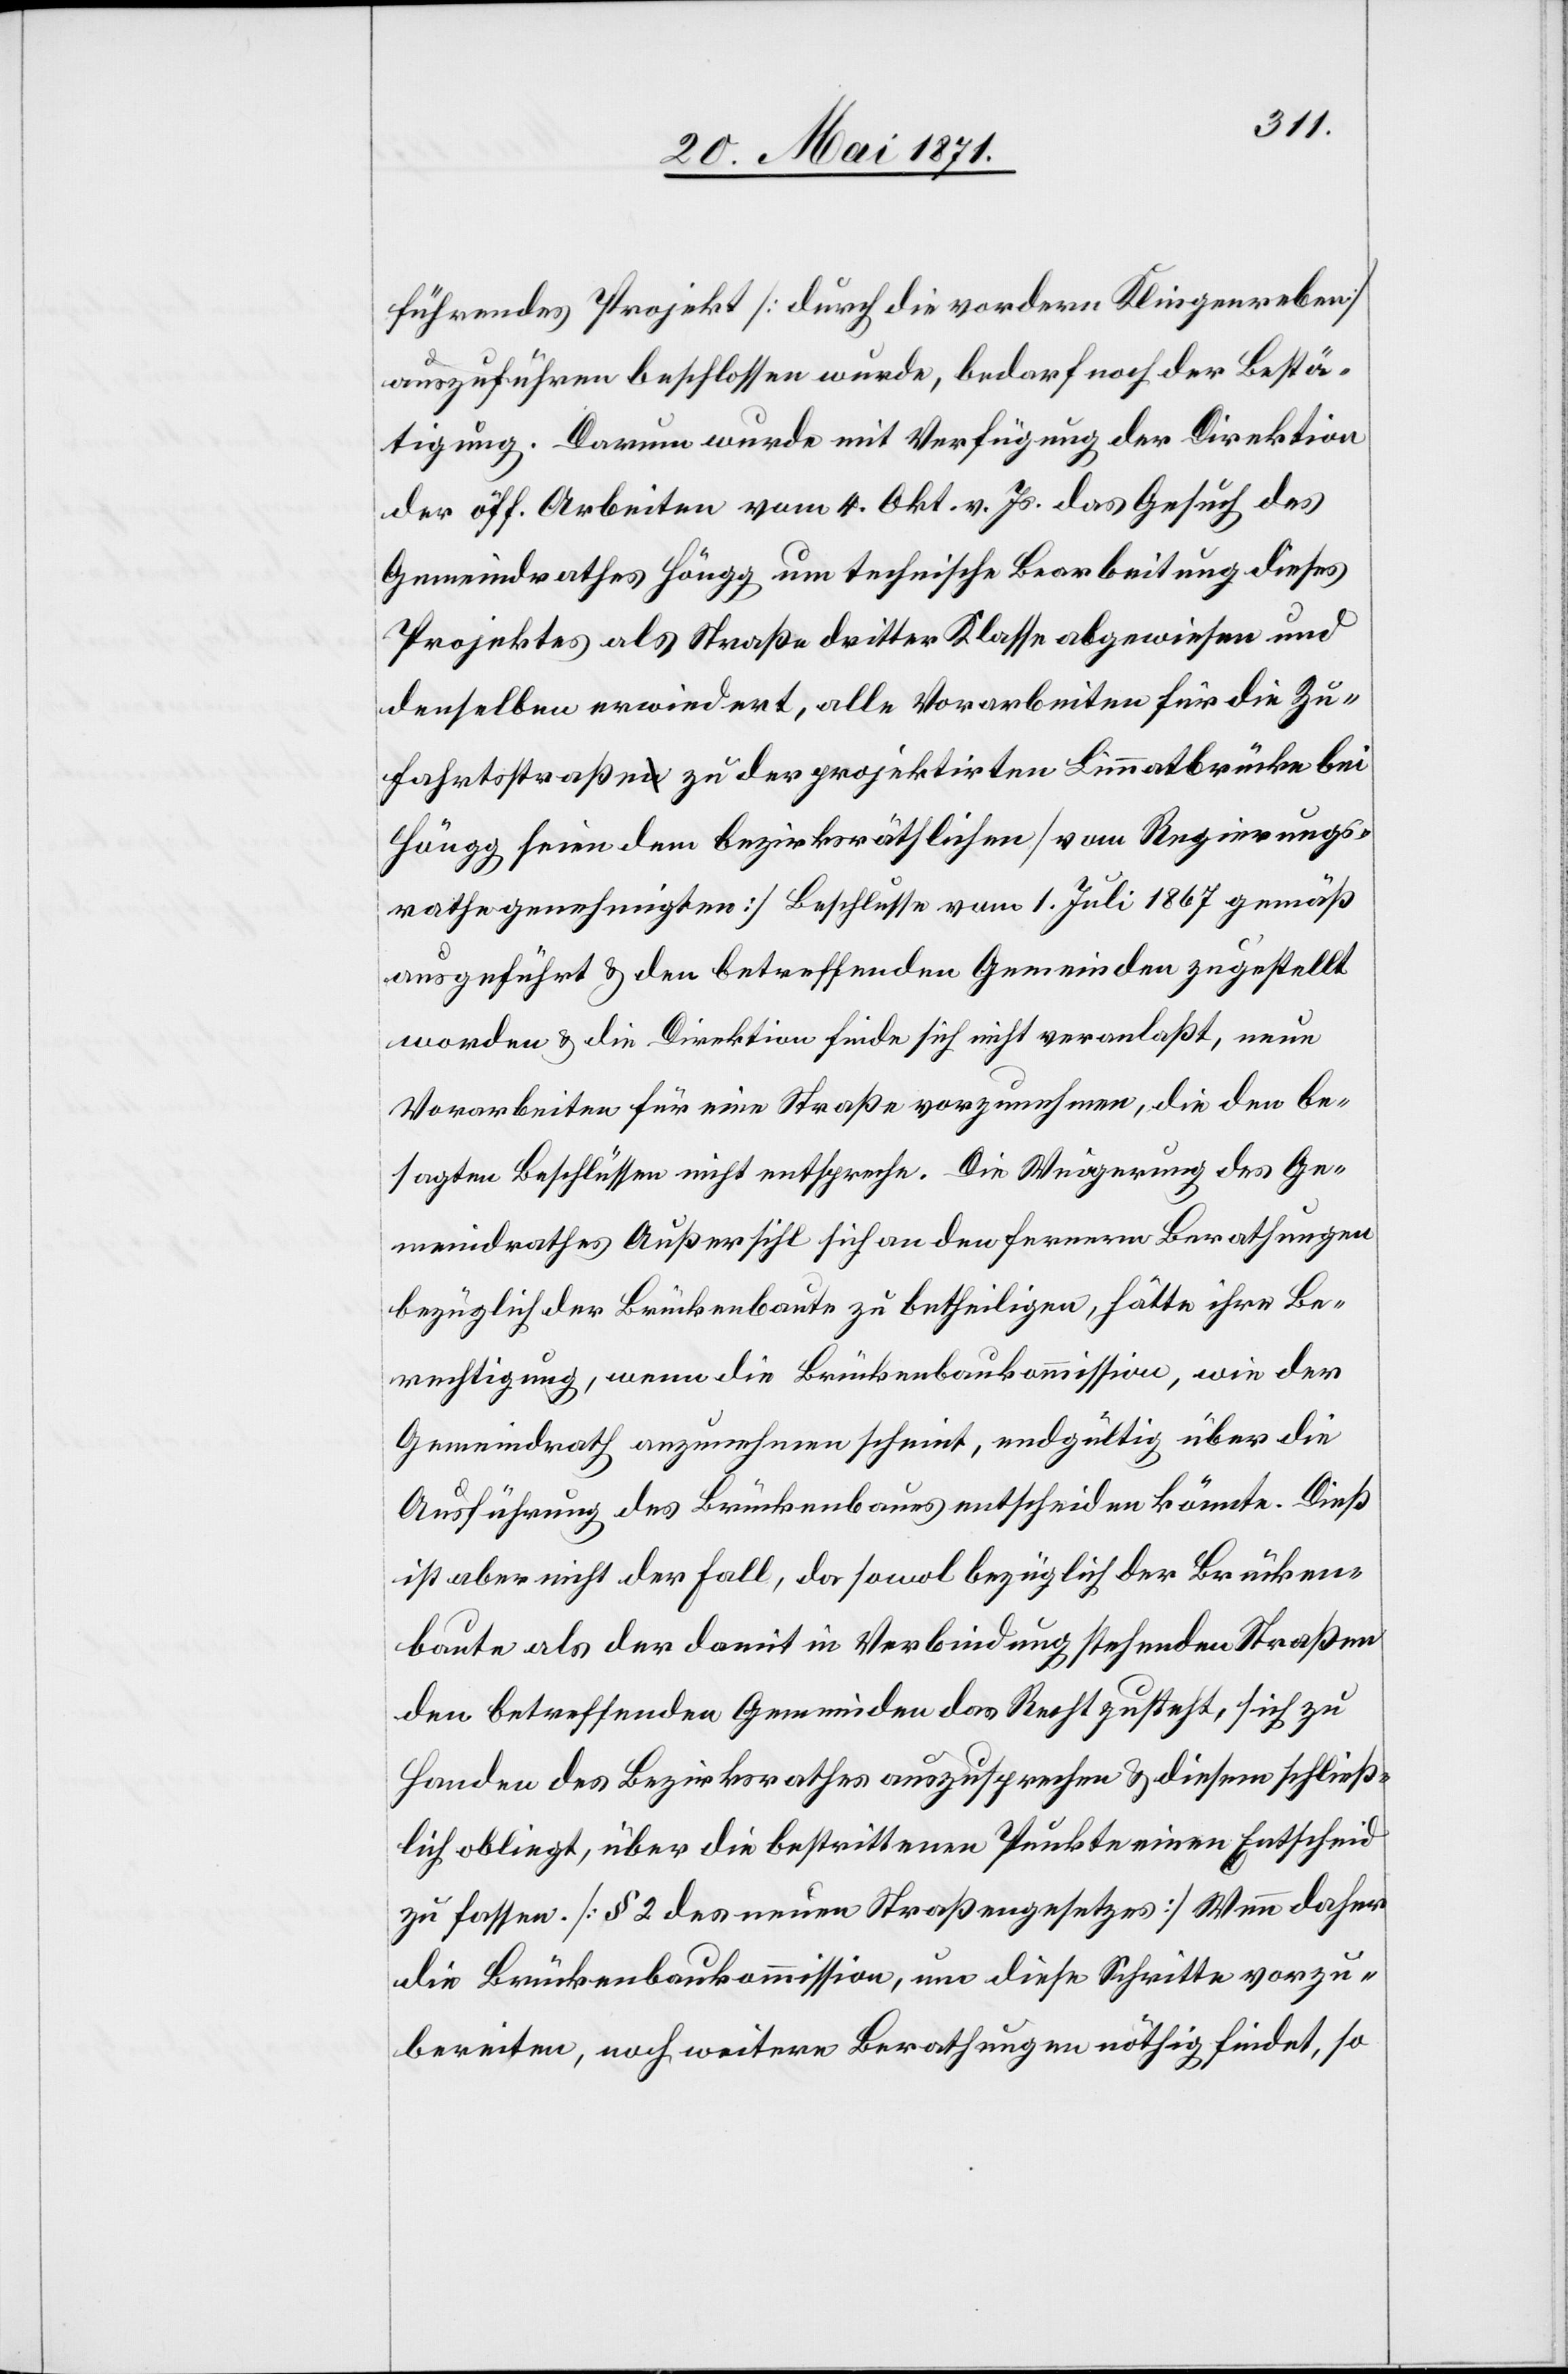
führendes Projekt [durch die vordern Klingenreben]
auszuführen beschlossen wurde, bedarf noch der Bestä¬
tigung. Darum wurde mit Verfügung der Direktion
der öff. Arbeiten vom 4. Okt. v. Js. das Gesuch des
Gemeindrathes Höngg um technische Bearbeitung dieses
Projektes als Straße dritter Klasse abgewiesen und
denselben erwiedert, alle Vorarbeiten für die Zu¬
fahrtsstraße zu der projektirten Limmatbrücke bei
Höngg seien dem bezirksräthlichen [vom Regierungs¬
rathe genehmigten] Beschlusse vom 1. Juli 1867 gemäß
ausgeführt u. den betreffenden Gemeinden zugestellt
worden u. die Direktion finde sich nicht veranlaßt, neue
Vorarbeiten für eine Straße vorzunehmen, die den be¬
sagten Beschlüssen nicht entspreche. Die Weigerung des Ge¬
meindrathes Außersihl sich an den fernern Berathungen
bezüglich der Brückenbaute zu betheiligen, hätte ihre Be¬
rechtigung, wenn die Brückenbaukommission, wie der
Gemeindrath anzunehmen scheint, endgültig über die
Ausführung des Brückenbaues entscheiden könnte. Dieß
ist aber nicht der Fall, da sowol bezüglich der Brücken¬
baute als der damit in Verbindung stehenden Straßen
den betreffenden Gemeinden das Recht zusteht, sich zu
Handen des Bezirksrathes auszusprechen u. diesem schließ¬
lich obliegt, über die bestrittenen Punkte einen Entscheid
zu fassen. [§ 2 des neuen Straßengesetzes] Wenn daher
die Brückenbaukommission, um diese Schritte vorzu¬
bereiten, noch weitere Berathungen nöthig findet, so